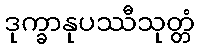
ဒုက္ခာနုပဿီသုတ္တံ